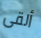
ألقى